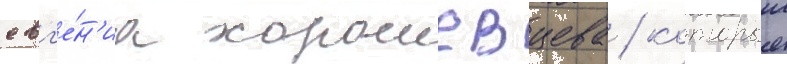
евг'е́н'иа хорошевцева / которыи